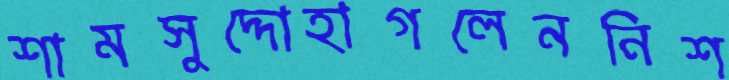
শামসুদ্দোহাগলেননিশ